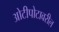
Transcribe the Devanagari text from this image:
ओटीपोटावरील